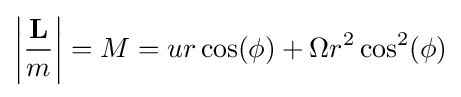
\left|{\frac {\mathbf {L} }{m}}\right|=M=ur\cos(\phi )+\Omega r^{2}\cos ^{2}(\phi )